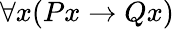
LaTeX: \forall{x}(P{x}\to Q{x})